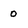
Character: 0